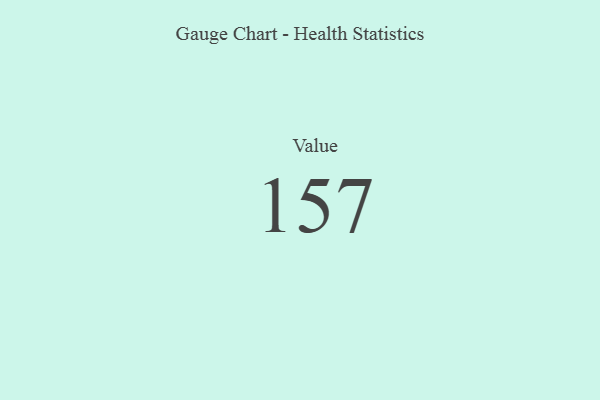
{"axis": {"x": "Metric", "y": "Value"}, "legend": [""], "data": [{"x": "Value", "y": 157, "type": ""}]}